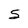
Character: S